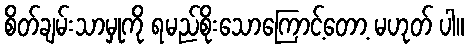
စိတ်ချမ်းသာမှုကို ရမည်စိုးသောကြောင့်တော့ မဟုတ် ပါ။